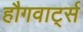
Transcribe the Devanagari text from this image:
हौगवार्ट्स